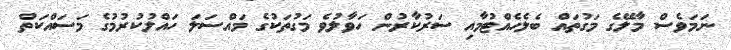
ނަމަވެސް މާލޭގެ މަގުތައް ބެލެހެއްޓުމާއި ސަރުކާރުން ހަވާލުވެ މަގުތަކުގެ މައްސަލަ ހައްލުކުރުމުގެ މަސައްކަތް